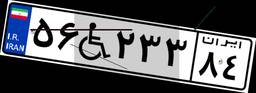
۵۶W۲۳۳۸۴